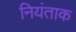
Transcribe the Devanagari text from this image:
नियंताक